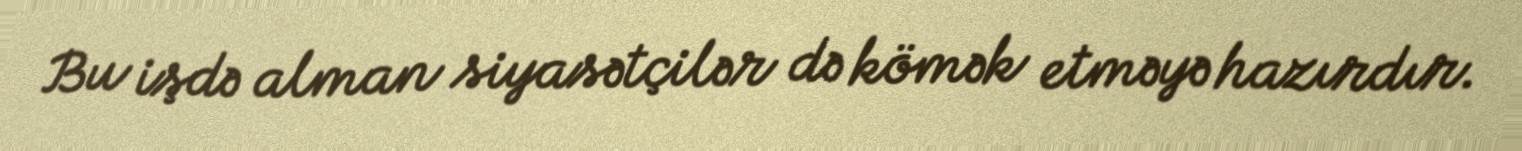
Bu işdə alman siyasətçilər də kömək etməyə hazırdır.